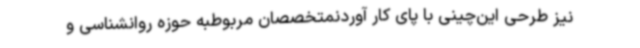
نیز طرحی این‌چینی با پای کار آوردنمتخصصان مربوطبه حوزه روانشناسی و